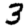
Digit: 3